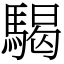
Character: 騔